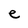
Character: e